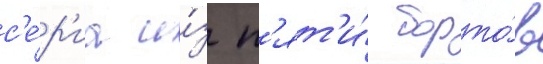
с'е́р'иа и́з п'ят'и́ борто́в